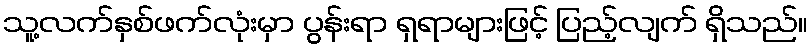
သူ့လက်နှစ်ဖက်လုံးမှာ ပွန်းရာ ရှရာများဖြင့် ပြည့်လျက် ရှိသည်။